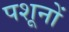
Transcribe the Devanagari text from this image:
पशूनों